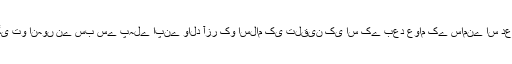
جب حضرت ابراہیم ﷤ پربتوں کا باطل ہونا اور اللہ کی واحدانیت آشکار ہوگی تو انہوں نے سب سے پہلے اپنے والد آزر کو اسلام کی تلقین کی اس کے بعد عوام کے سامنے اس دعوت کو عام کیا اور پھر بادشاہ وقت نمرود سےمناظرہ کیا اور وہ لاجواب ہوگیا ۔